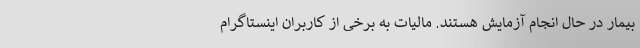
بیمار در حال انجام آزمایش هستند. مالیات به برخی از کاربران اینستاگرام